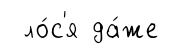
ло́с'я да́же